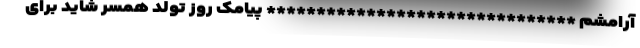
آرامشم ******************************* پیامک روز تولد همسر شاید برای